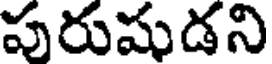
పురుషుడని